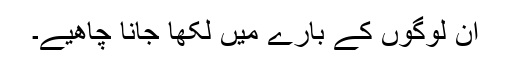
ان لوگوں کے بارے میں لکھا جانا چاھیے۔